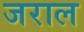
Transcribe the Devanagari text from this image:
जराल